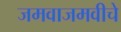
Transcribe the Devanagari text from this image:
जमवाजमवीचे